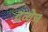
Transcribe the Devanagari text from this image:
द्रव्येच